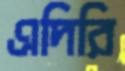
এদিরি